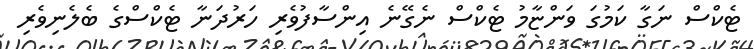
ޓެކްސް ނަގާ ކަމުގަ ވަންޏާމު ޓެކްސް ނެގޭނެ އިންސާފުވެރި ހަރުދަނާ ޓެކްސްގެ ބެލެނިވެރި